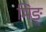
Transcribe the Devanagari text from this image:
मिङ्